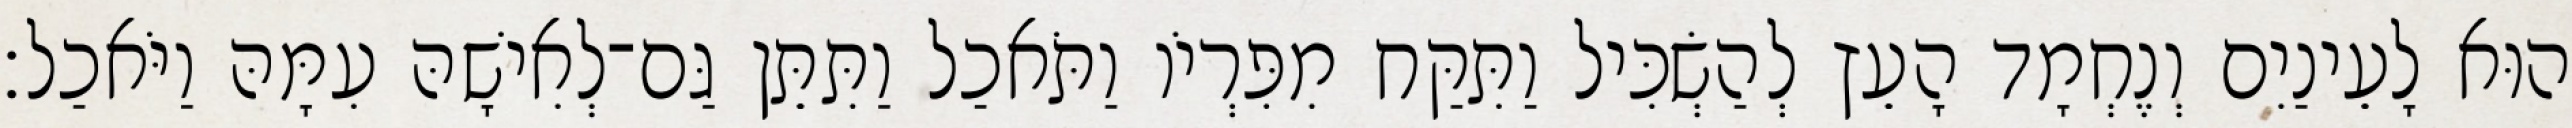
הוּא לָעֵינַיִם וְנֶחְמָד הָעֵץ לְהַשְׂכִּיל וַתִּקַּח מִפִּרְיֹו וַתֹּאכַל וַתִּתֵּן גַּם־לְאִישָׁהּ עִמָּהּ וַיֹּאכַל׃